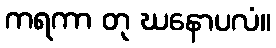
ကရကာ တု ဃနောပလံ။